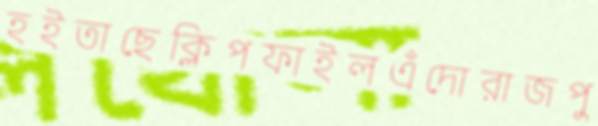
হইতাছেক্লিপফাইলএঁদোরাজপু